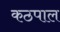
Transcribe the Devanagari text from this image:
कठपाल